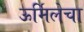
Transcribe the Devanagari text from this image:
ऊर्मिलेचा